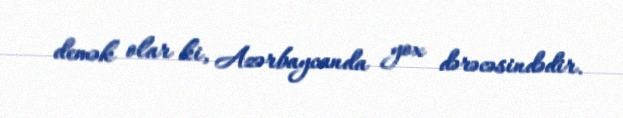
demək olar ki, Azərbaycanda yox dərəcəsindədir.